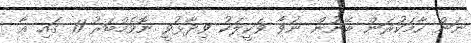
ނަން ހާމަކުރަން ބޭނުން ނުވާ ވަކީލަކު ވިދާޅުވީ ނޮވެމްބަރު 11 ގައި އާ